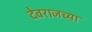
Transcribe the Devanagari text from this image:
देवराजच्या